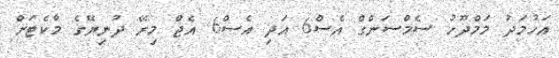
އަހުމަދު މަމްދޫހު ސެމްސަންގް އެސް6 އަދި އެސް6 އެޖް މިރޭ ދުނިޔޭގެ މާކެޓަށް